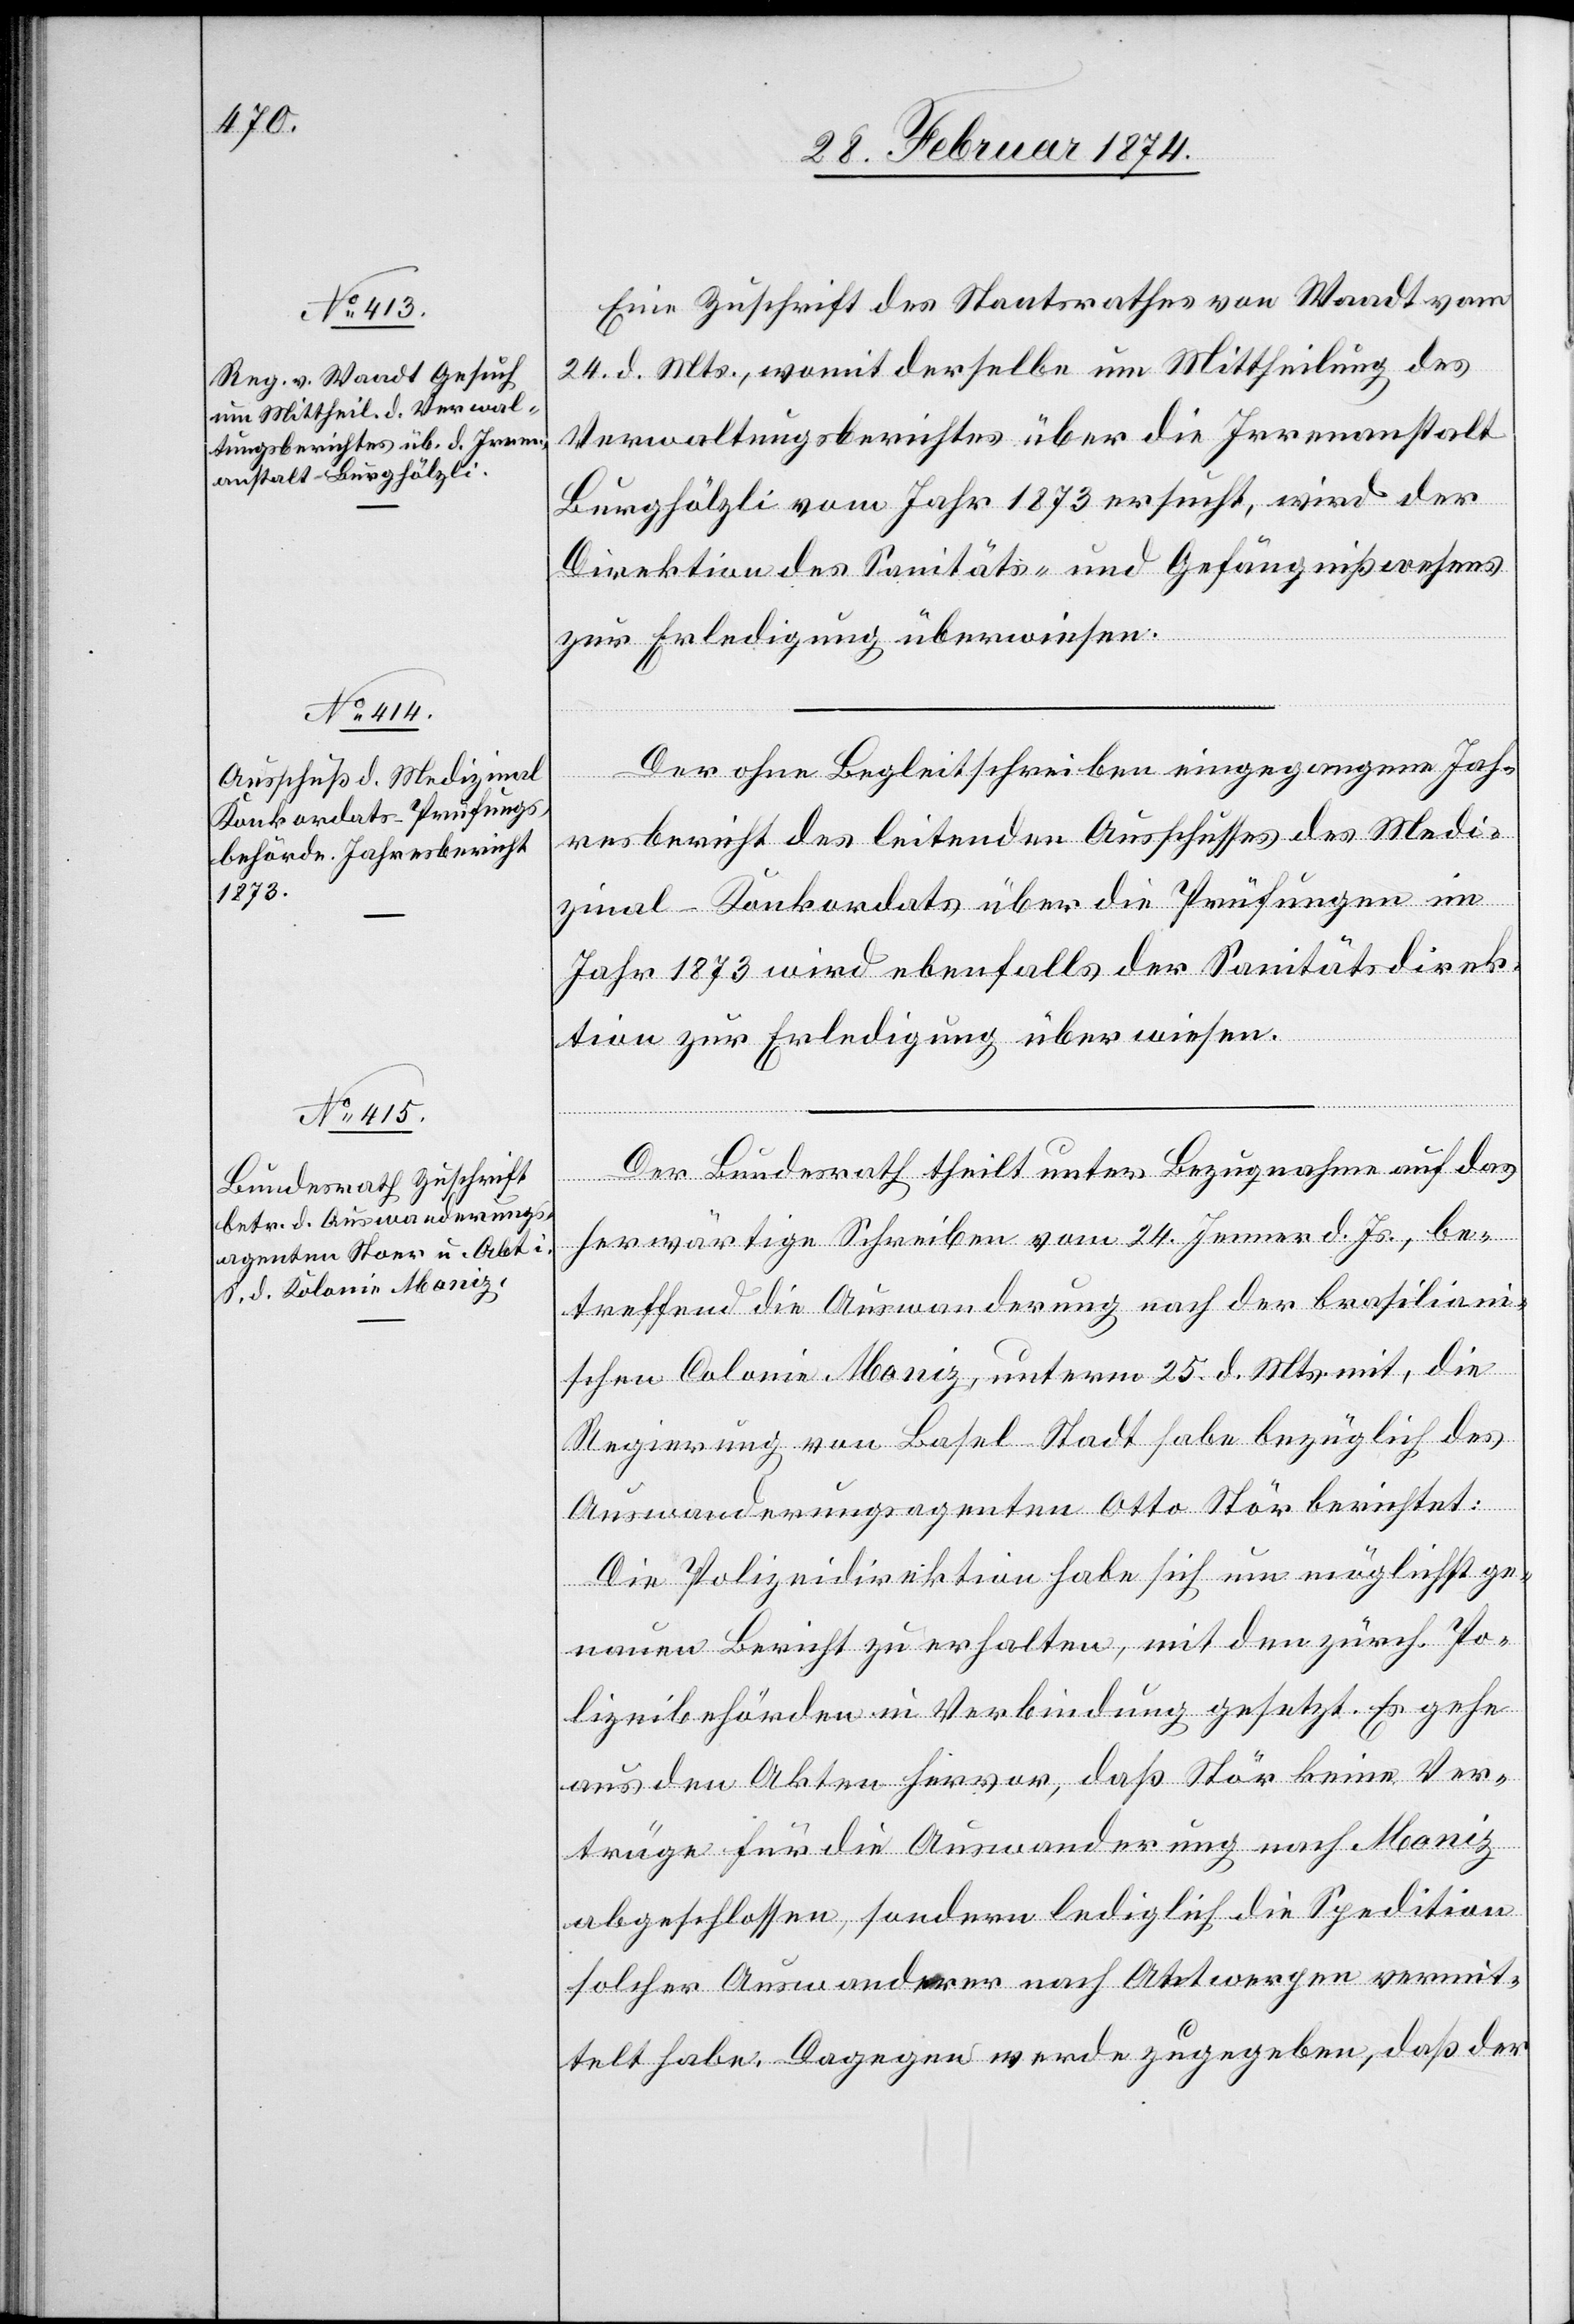
Eine Zuschrift des Staatsrathes von Waadt vom
24. d. Mts., womit derselbe um Mittheilung des
Verwaltungsberichtes über die Irrenanstalt
Burghölzli vom Jahr 1873 ersucht, wird der
Direktion des Sanitäts- und Gefängnißwesens
zur Erledigung überwiesen.
Der ohne Begleitschreiben eingegangene Jah¬
resbericht des leitenden Ausschusses des Medi¬
zinal-Konkordats über die Prüfungen im
Jahr 1873 wird ebenfalls der Sanitätsdirek¬
tion zur Erledigung überwiesen.
Der Bundesrath theilt unter Bezugnahme auf das
herwärtige Schreiben vom 24. Jenner d. Js., be¬
treffend die Auswanderung nach der brasilian¬
ischen Colonie Moniz, unterm 25. d. Mts. mit, die
Regierung von Basel Stadt habe bezüglich des
Auswanderungsagenten Otto Stör [sic!] berichtet:
Die Polizeidirektion habe sich um möglichst ge¬
nauen Bericht zu erhalten, mit den zürch. Po¬
lizeibehörden in Verbindung gesetzt. Es gehe
aus den Akten hervor, daß Stör keine Ver¬
träge für die Auswanderung nach Moniz
abgeschlossen, sondern lediglich die Spedition
solcher Auswanderer nach Antwerpen vermit¬
telt habe. Dagegen werde zugegeben, daß der